Annual statistical returns and brief notes on vaccination in Bengal - 1887-1898
Year: 1887
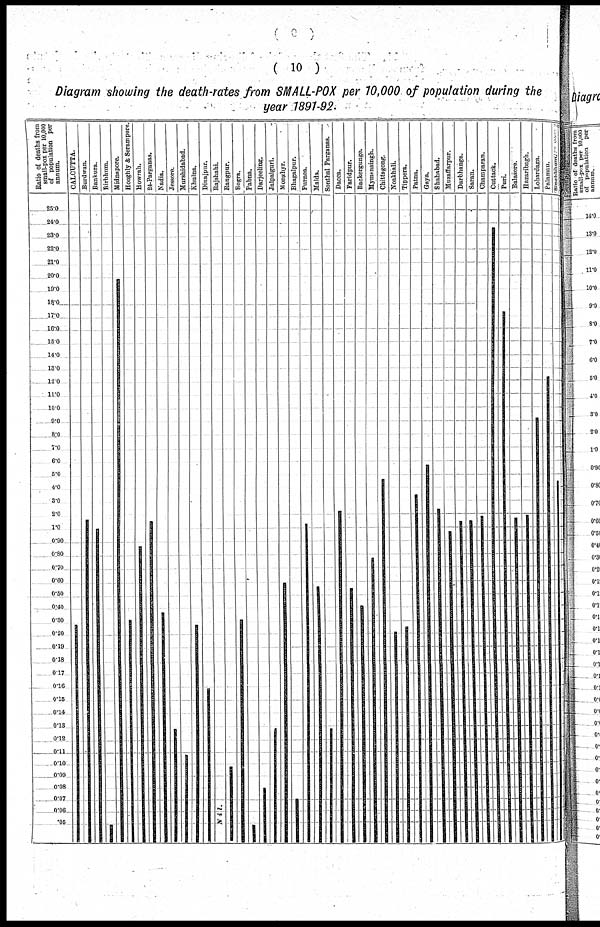
( 10 )
Diagram showing the death-rates from SMALL-POX per 10,000 of population during the
year 1891-92.